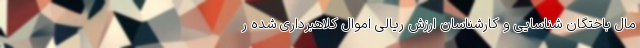
مال باختگان شناسایی و کارشناسان ارزش ریالی اموال کلاهبرداری شده ر